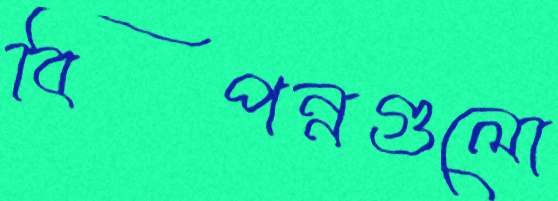
বিপন্নগুলো